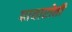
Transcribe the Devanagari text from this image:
पावारोती